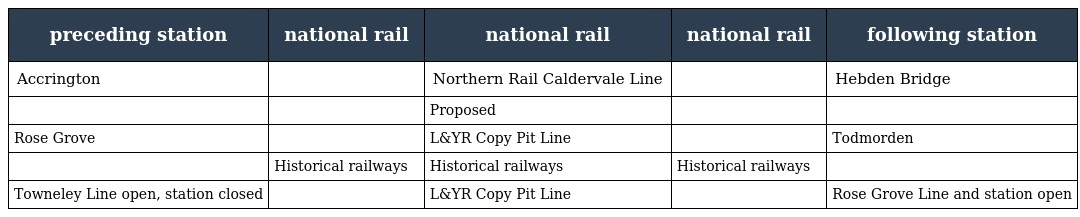
| preceding station | national rail | national rail | national rail | following station |
 | --- | --- | --- | --- | --- |
 | Accrington |  | Northern Rail Caldervale Line |  | Hebden Bridge |
 |  |  | Proposed |  |  |
 | Rose Grove |  | L&YR Copy Pit Line |  | Todmorden |
 |  | Historical railways | Historical railways | Historical railways |  |
 | Towneley Line open, station closed |  | L&YR Copy Pit Line |  | Rose Grove Line and station open |